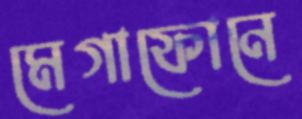
মেগাফোনে